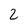
Character: 2